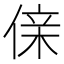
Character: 𠋆